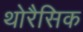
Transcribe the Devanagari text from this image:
थोरैसिक